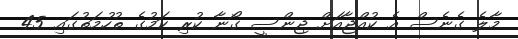
މާލެ ގެނެސް އެ ކުއްޖާއަށް ޖިންސީ ގޯނާ ކުރި ކަމުގެ ތުހުމަތުގައި 45